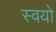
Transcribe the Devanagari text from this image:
स्वयो